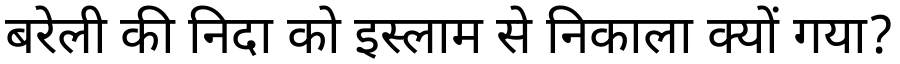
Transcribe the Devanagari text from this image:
बरेली की निदा को इस्लाम से निकाला क्यों गया?